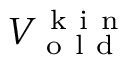
V _ { \mathrm { ~ o ~ l ~ d ~ } } ^ { \mathrm { ~ k ~ i ~ n ~ } }